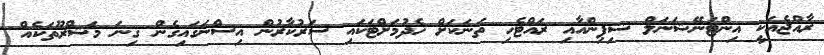
ރާއްޖެއަކީ އިންޓަނޭޝަނަލް ޝިޕިންއާއި ރައްޓެހި ތަނަކަށް ހެދުމަށްޓަކައި ސަރުކާރުން އިސްނަގައިގެން ގިނަ މަޝްރޫތަކެއް